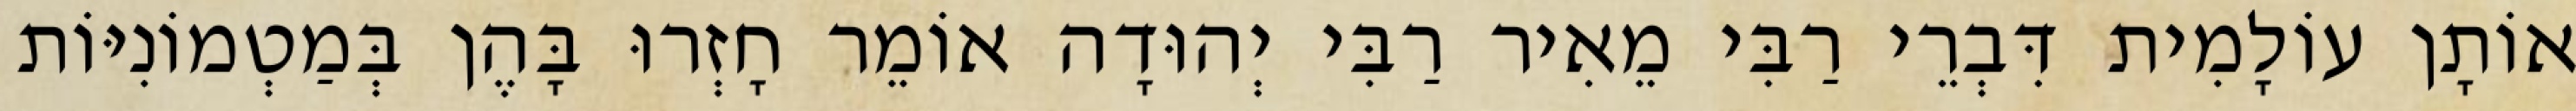
אוֹתָן עוֹלָמִית דִּבְרֵי רַבִּי מֵאִיר רַבִּי יְהוּדָה אוֹמֵר חָזְרוּ בָּהֶן בְּמַטְמוֹנִיּוֹת